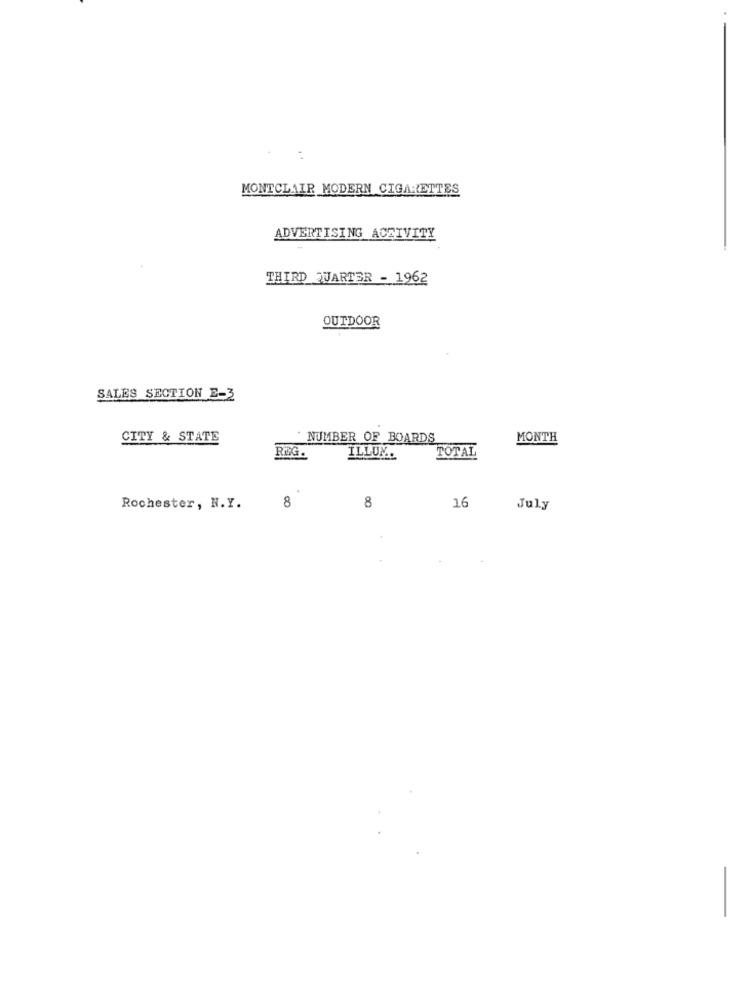
:
MONTCLAIR MODERN CIGARETTES
ADVERTISING ACEIVITY
THIRD QUARTER - 1962
OUTDOOR
SALES SECTION E-3
CITY & STATE
NUMBER OF BOARDS
MONTH
ILLUM.
TOTAL
REG.
16
Rochester, N.Y.
8
8
July
-